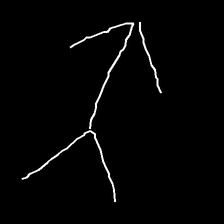
Glyph: gather